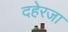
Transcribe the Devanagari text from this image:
दहेरजा